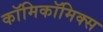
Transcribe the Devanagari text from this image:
काॅमिकॉमिक्स